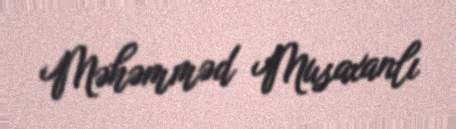
Məhəmməd Musaxanlı